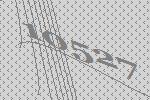
10527